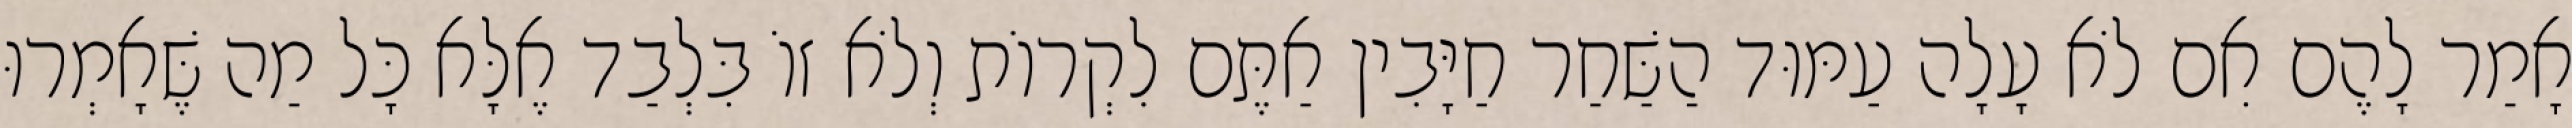
אָמַר לָהֶם אִם לֹא עָלָה עַמּוּד הַשַּׁחַר חַיָּבִין אַתֶּם לִקְרוֹת וְלֹא זוֹ בִּלְבַד אֶלָּא כָּל מַה שֶּׁאָמְרוּ